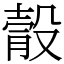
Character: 䐨